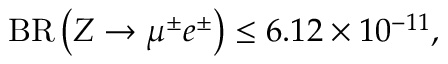
{ \mathrm { B R } } \left( Z \to \mu ^ { \pm } e ^ { \pm } \right) \le 6 . 1 2 \times 1 0 ^ { - 1 1 } ,